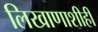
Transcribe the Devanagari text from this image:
लिखाणाशीही